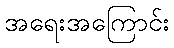
အရေးအကြောင်း